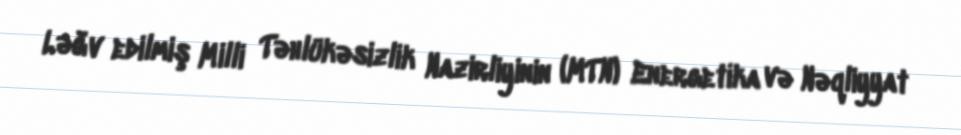
Ləğv edilmiş Milli Təhlükəsizlik Nazirliyinin (MTN) Energetika və Nəqliyyat